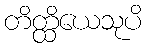
တိတ္ထိယေသုပိ